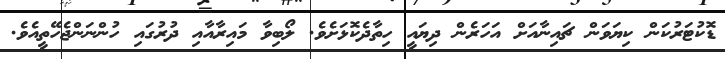
ޑޮކުޓަރުކަން ކިޔަވަން ޗައިނާއަށް އަހަރެން ދިޔައީ ހިތާދެކޮޅަށެވެ. ލޯބިވާ މައިރާއާއި ދުރުގައި ހުންނަންޖެހޭތީއެވެ.